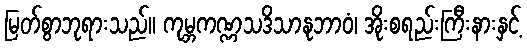
မြတ်စွာဘုရားသည်။ ကုမ္ဘကဏ္ဏသဒိသာနုဘာဝံ၊ အိုးစရည်းကြီးနားနှင့်